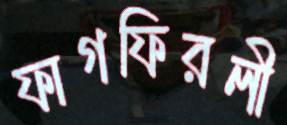
ফাগফিরলী